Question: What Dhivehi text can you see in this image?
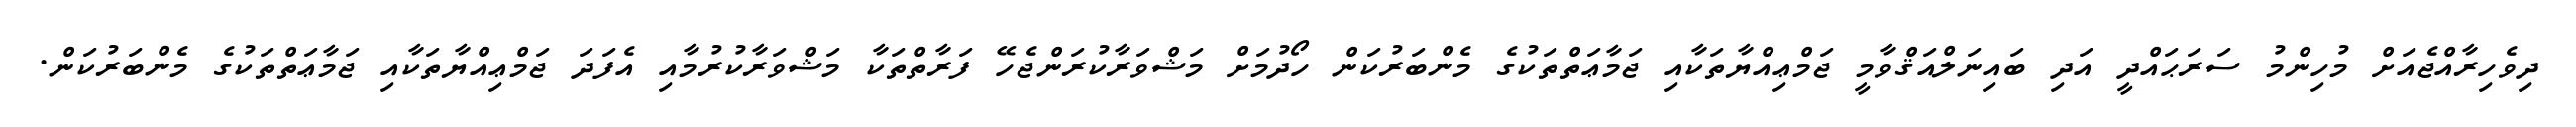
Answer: ދިވެހިރާއްޖެއަށް މުހިންމު ސަރަޙައްދީ އަދި ބައިނަލްއަޤްވާމީ ޖަމްޢިއްޔާތަކާއި ޖަމާޢަތްތަކުގެ މެންބަރުކަން ހޯދުމަށް މަޝްވަރާކުރަންޖެހޭ ފަރާތްތަކާ މަޝްވަރާކުރުމާއި އެފަދަ ޖަމްޢިއްޔާތަކާއި ޖަމާޢަތްތަކުގެ މެންބަރުކަން.